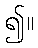
၍။